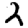
Digit: 2